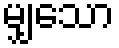
မျှသော